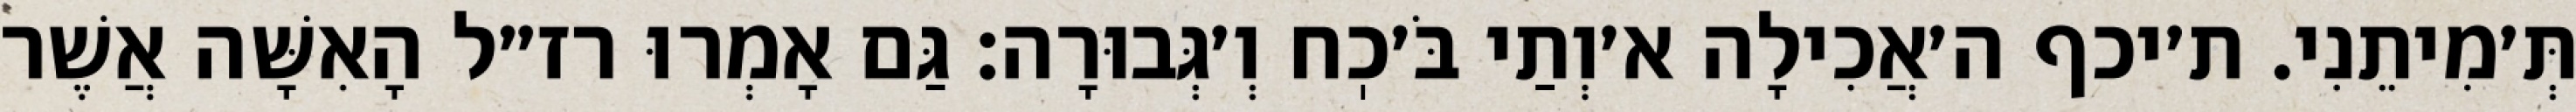
תְּ׳מִיתֵנִי. ת׳יכף ה׳אֲכִילָה א׳וְתַי בֹּ׳כֽח וְ׳גְּבוּרָה: גַּם אָמְרוּ רז״ל הָאִשָּׁה אֲשֶׁר